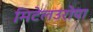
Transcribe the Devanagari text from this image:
मिटेलउरोपा